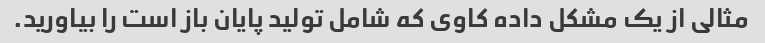
مثالی از یک مشکل داده کاوی که شامل تولید پایان باز است را بیاورید.